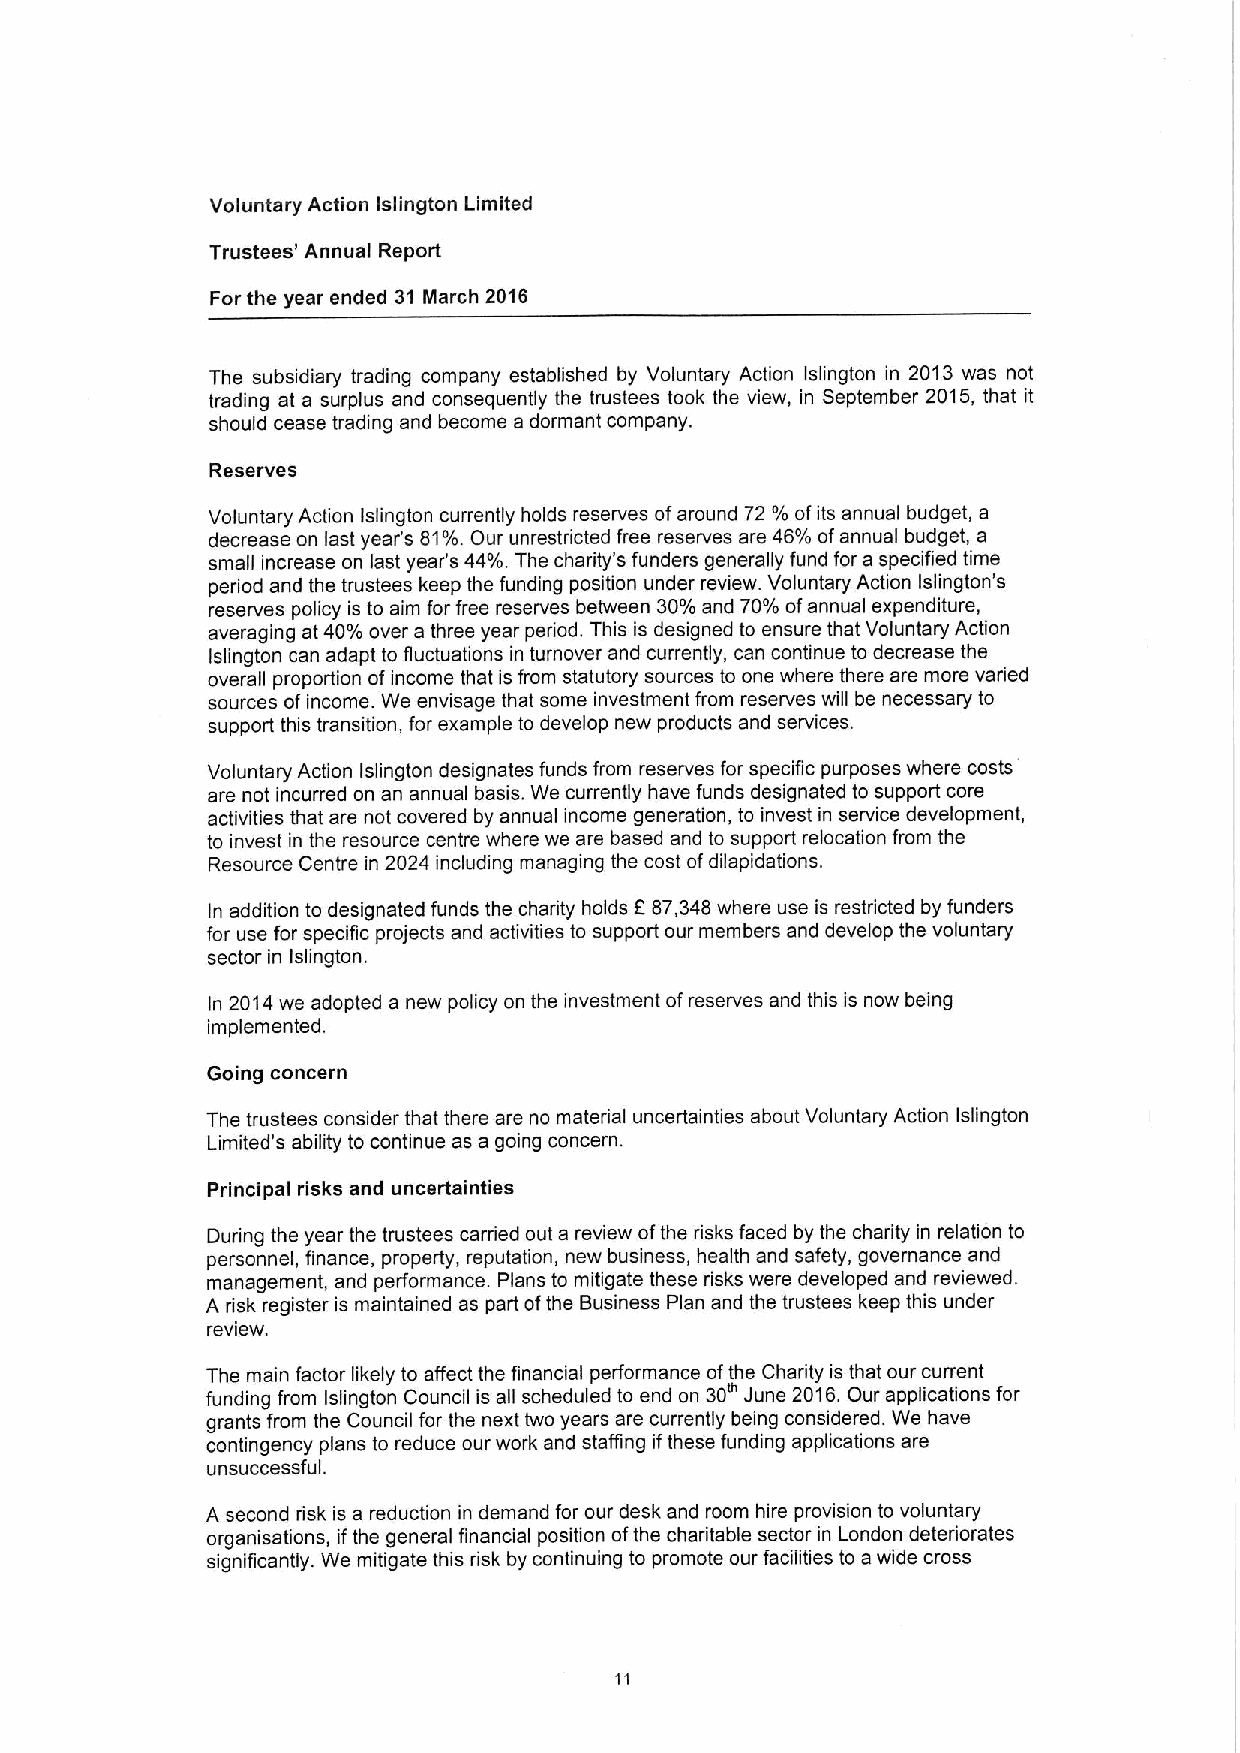
Voluntary Action Islington Limited
 Trustees' Annual Report
 For the year ended 31 March 2016
 The subsidiary trading company established by Voluntary Action fslington in 2013 was not
 trading at a surplus and consequently the trustees took the view, in September 2015, that it
 should cease trading and become a dormant company.
 Reserves
 Voluntary Action Islington currently holds reserves ofaround 72 %ofits annual budget, a
 decrease on last year's 81%.Our unrestricted free reserves are 46%ofannual budget, a
 small increase on last year's 44%.The charity's funders generally fund for a specified time
 period and the trustees keep the funding position under review. Voluntary Action Islington's
 reserves policy is to aim for free reserves between 30%and 70%ofannual expenditure,
 averaging at 40%over a three year pediod. This is designed to ensure that Voluntary Action
 Islington can adapt to fluctuations in turnover and currently, can continue to decrease the
 overall proportion of income that is from statutory sources to one where there are more varied
 sources ofincome. We envisage that some investment from reserves will be necessary to
 support this transition, for example to develop new products and services.
 Voluntary Action islington designates funds from reserves for specific purposes where costs
 are not incurred on an annual basis. We currently have funds designated to support core
 activities that are not covered by annual income generation, to invest in service development,
 to invest in the resource centre where we are based and to support relocation from the
 Resource Centre in 2024 including managing the cost ofdilapidations.
 In addition to designated funds the charity holds 687,348where use is restricted by funders
 for use for specific projects and activities to support our members and develop the voluntary
 sector in Islington.
 In 2014we adopted a new policy on the investment ofreserves and this is now being
 implemented.
 Going concern
 The trustees consider that there are no material uncertainties about Voluntary Action Islington
 Limited's ability to continue as a going concern.
 Principal risks and uncertainties
 During the year the trustees carried out a review ofthe risks faced by the charity in relation to
 personnel, finance, property, reputation, new business, health and safety, governance and
 management, and performance. Plans to mitigate these risks were developed and reviewed.
 A risk register is maintained as part ofthe Business Plan and the trustees keep this under
 review.
 The main factor likely to affect the financial performance ofthe Charity is that our current
 funding from Islington Council is afl scheduled to end on 30' June 2016.Our applications for
 grants from the Council for the next two years are currently being considered. We have
 contingency plans to reduce our work and staffing ifthese funding applications are
 unsuccessful.
 A second risk is a reduction in demand for our desk and room hire provision to voluntary
 organisations, ifthe general financial position ofthe charitable sector in London deteriorates
 significantly. We mitigate this risk by continuing to promote our facilities to a wide cross